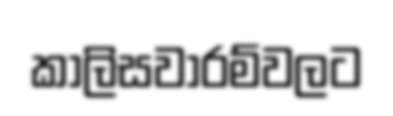
කාලිසවාරම්වලට